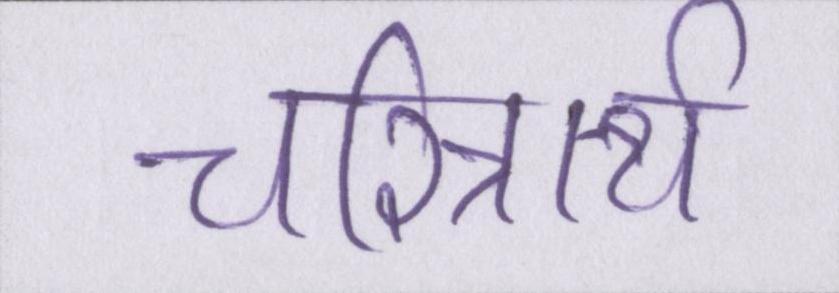
चरित्रार्थ